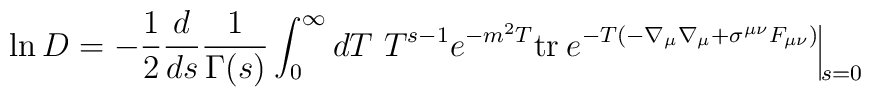
\ln D =-\frac{1}{2} \frac{d}{ds} \frac{1}{\Gamma(s)} \int_0^{\infty}dT \ T^{s-1} e^{-m^2 T} \mbox{tr}\:e^{-T(-\nabla_{\mu}\nabla_{\mu} +\sigma^{\mu\nu}F_{\mu\nu})}\raisebox{-9pt}{\rule{0.4pt}{20pt}${\scriptstyle s=0}$}\label 9